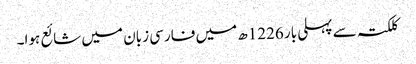
کلکتہ سے پہلی بار 1226ھ میں فارسی زبان میں شائع ہوا۔